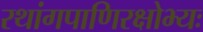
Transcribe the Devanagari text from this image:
रथांगपाणिरक्षोभ्यः